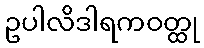
ဥပါလိဒါရကဝတ္ထု